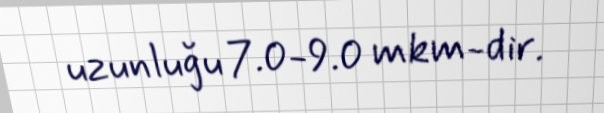
uzunluğu 7.0-9.0 mkm-dir.